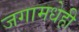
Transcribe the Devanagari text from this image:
जगामधेही